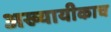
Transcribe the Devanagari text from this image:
अख्यायीकाच